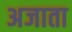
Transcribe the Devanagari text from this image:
अजाता